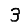
Digit: 3